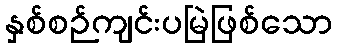
နှစ်စဉ်ကျင်းပမြဲဖြစ်သော